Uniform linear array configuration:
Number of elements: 48
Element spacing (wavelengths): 1
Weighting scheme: binomial
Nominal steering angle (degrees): -60
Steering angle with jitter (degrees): -61.25
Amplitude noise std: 0.05
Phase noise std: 0.05

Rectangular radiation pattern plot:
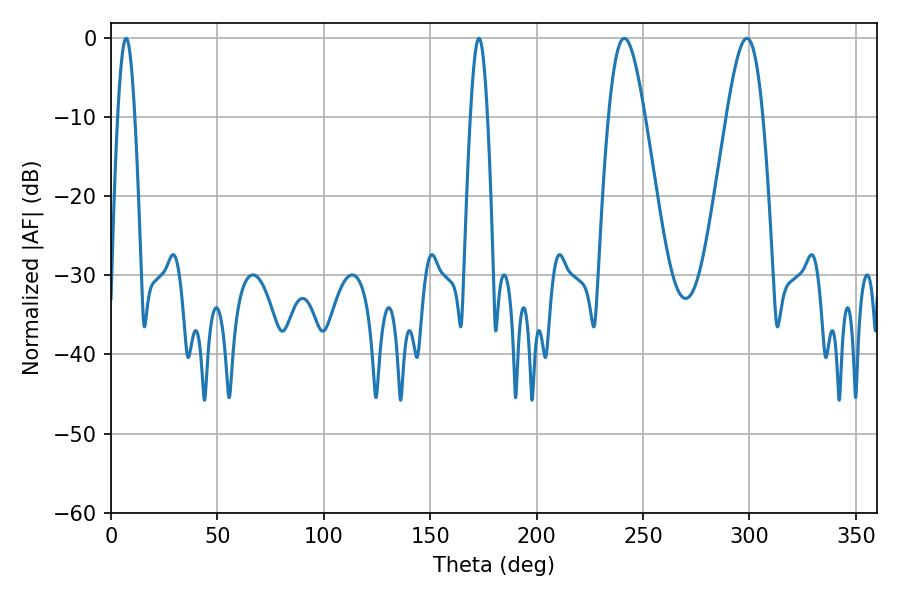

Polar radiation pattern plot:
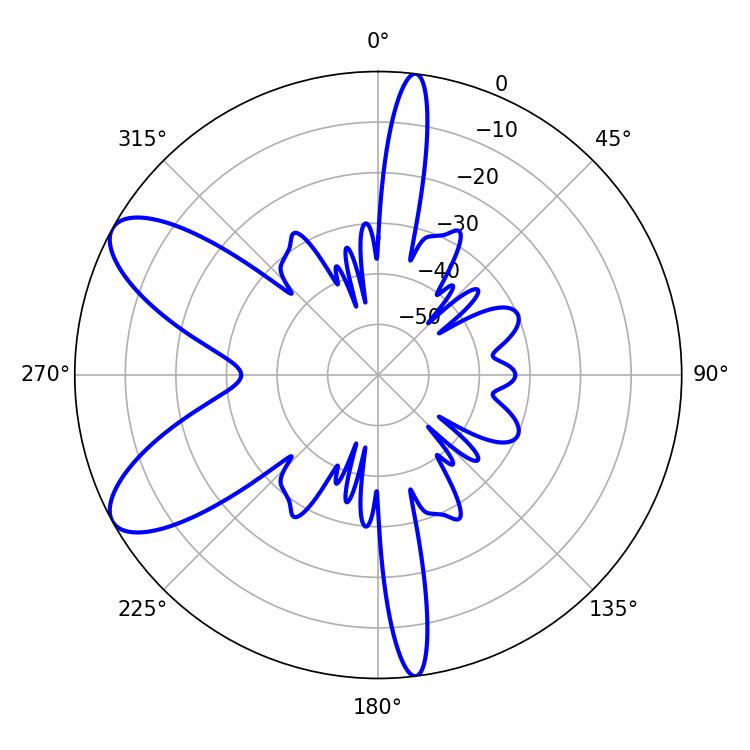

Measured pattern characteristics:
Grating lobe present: TRUE
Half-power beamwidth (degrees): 9
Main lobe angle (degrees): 241.2